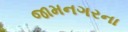
જામનગરના